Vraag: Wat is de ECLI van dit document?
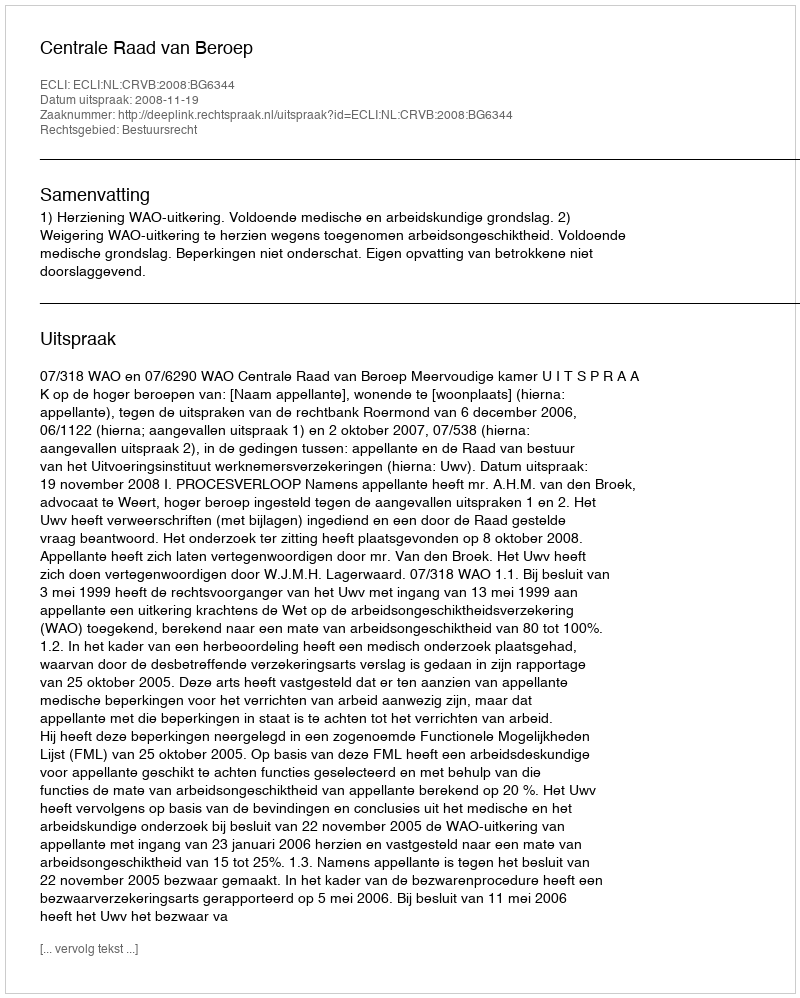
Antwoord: ECLI:NL:CRVB:2008:BG6344